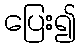
ပြေး၍